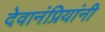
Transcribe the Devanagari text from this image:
देवानंप्रियांनी